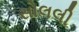
સોલલી